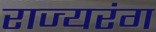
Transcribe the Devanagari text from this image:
राज्यरंग